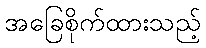
အခြေစိုက်ထားသည့်